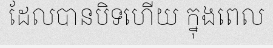
ដែលបានបិទហើយ ក្នុងពេល